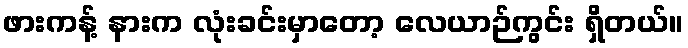
ဖားကန့် နားက လုံးခင်းမှာတော့ လေယာဉ်ကွင်း ရှိတယ်။